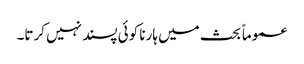
عموماً بحث میں ہارنا کوئی پسند نہیں کرتا۔